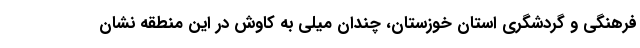
فرهنگی و گردشگری استان خوزستان، چندان میلی به کاوش در این منطقه نشان